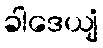
ခါဒေယျံ